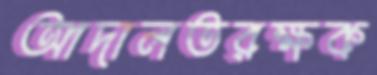
আদালতরক্ষক